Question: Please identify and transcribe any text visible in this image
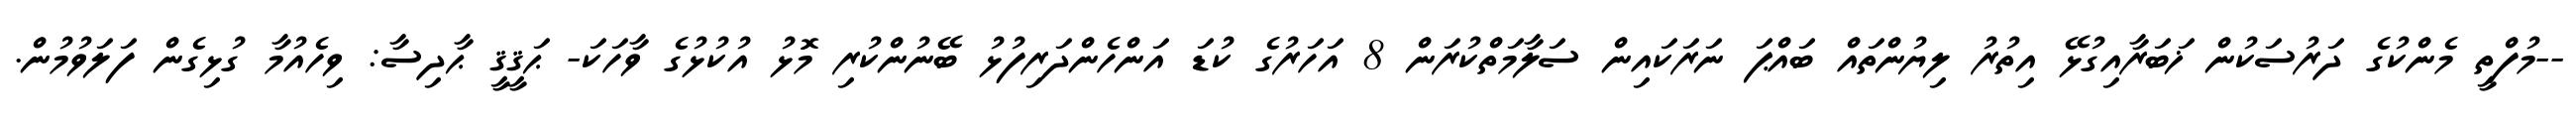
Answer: --މުފްތީ މެންކުގެ ދަރުސަކުން ޚަބަރާއިގުޅޭ އިތުރު ލިޔުންތައް ބައްޕަ ނަރަކައިން ސަލާމަތްކުރަން 8 އަހަރުގެ ކުޑަ އަންހެންދަރިފުޅު ބޭނުންކުރި މޮޅު އުކުޅުގެ ވާހަކަ- ޙަޤީޤީ ޙާދިސާ: ވިހެއުމާ ގުޅިގެން ފަލަވުމުން.